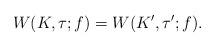
LaTeX: \begin{align*} W(K,\tau;f)=W(K',\tau';f).\end{align*}